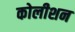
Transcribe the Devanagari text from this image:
कोलीशन